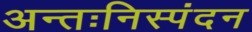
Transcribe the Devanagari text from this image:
अन्तःनिस्पंदन